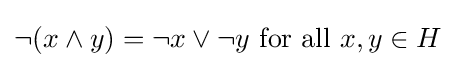
\lnot (x\wedge y)=\lnot x\vee \lnot y{\mbox{ for all }}x,y\in H